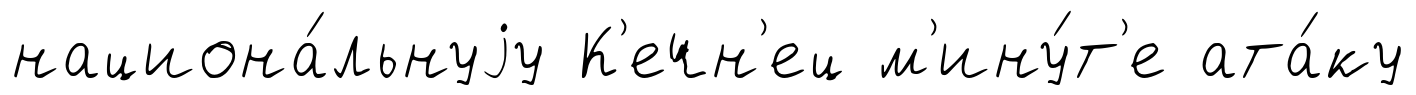
национа́льнуjу К'ечн'ец м'ину́т'е ата́ку